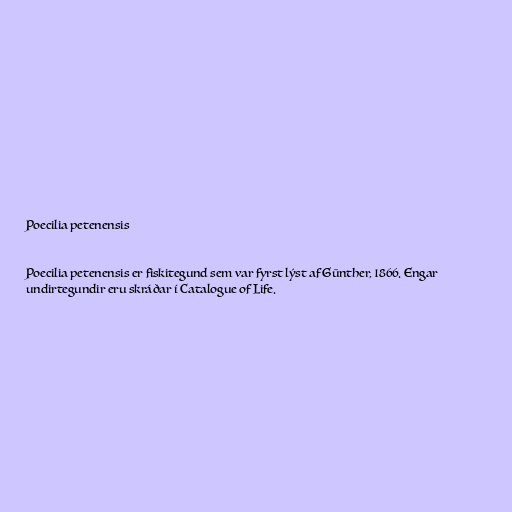
Poecilia petenensis

Poecilia petenensis er fiskitegund sem var fyrst lýst af Günther, 1866. Engar
undirtegundir eru skráðar í Catalogue of Life.